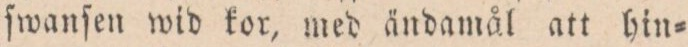
ſwanſen wid kor, med ändamål att hin=